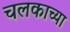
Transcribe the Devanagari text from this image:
चलकाच्या